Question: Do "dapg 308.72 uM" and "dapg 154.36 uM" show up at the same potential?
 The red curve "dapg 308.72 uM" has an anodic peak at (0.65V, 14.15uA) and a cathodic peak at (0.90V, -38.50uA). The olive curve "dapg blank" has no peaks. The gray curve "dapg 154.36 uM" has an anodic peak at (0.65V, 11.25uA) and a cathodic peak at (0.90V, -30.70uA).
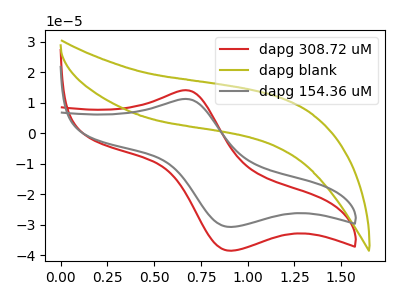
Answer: <think>All the peaks in "dapg 308.72 uM" have a peak in "dapg 154.36 uM" at the same potential. Every peak in "dapg 308.72 uM" is higher than every peak in "dapg 154.36 uM".
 </think>
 <answer>"dapg 308.72 uM" and "dapg 154.36 uM" are similar in shape.</answer>
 <eval>same_shape</eval>